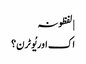
| لفظونہ
اک اور یُو ٹرن؟